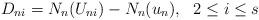
LaTeX: \begin{align*} D_{ni}= N_n ( U_{ni})- N_n(u_n ), \ \ 2\leq i\leq s\end{align*}